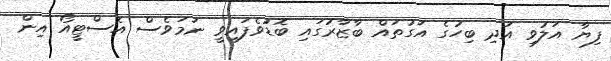
ފިޔާ އަލުވި އަދި ބިހުގެ އަގުތައް ބާޒާރުގައި ބޮޑުވެފައިވީ ނަމަވެސް އެސްޓީއޯ އިން